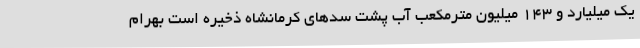
یک میلیارد و 143 میلیون مترمکعب آب پشت سدهای کرمانشاه ذخیره است بهرام